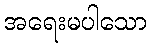
အရေးမပါသော